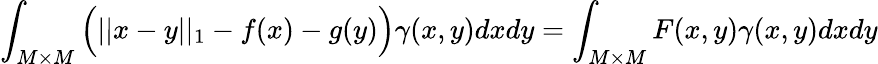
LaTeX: \int_{M\times M}\Big(||x-y||_{1}-f(x)-g(y)\Big)\gamma(x,y)dxdy=\int_{M\times M}F(x,y)\gamma(x,y)dxdy